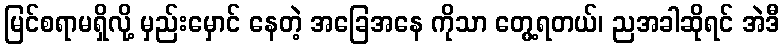
မြင်စရာမရှိလို့ မှည်းမှောင် နေတဲ့ အခြေအနေ ကိုသာ တွေ့ရတယ်၊ ညအခါဆိုရင် အဲဒီ